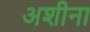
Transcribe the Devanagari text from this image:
अशीना